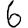
Digit: 6